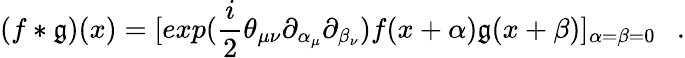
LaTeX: (f*\mathfrak{g})(x)=[exp(\frac{{i}}{{2}}\theta_{\mu\nu}\partial_{\alpha_{\mu}}\partial_{\beta_{\nu}})f(x+\alpha)\mathfrak{g}(x+\beta)]_{\alpha=\beta=0}~~~.